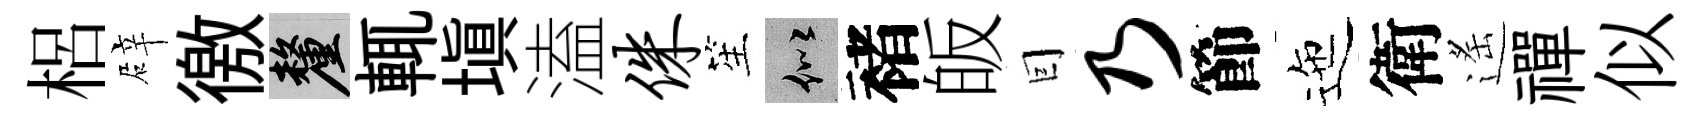
梠辟徼厘輒填溘侏笙似褚皈囙乃節迤衛遙禪似